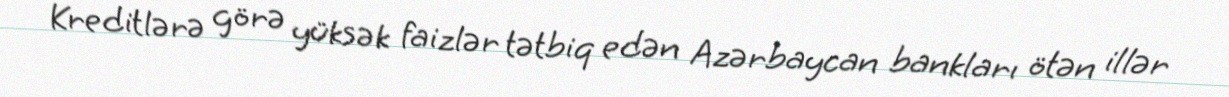
Kreditlərə görə yüksək faizlər tətbiq edən Azərbaycan bankları ötən illər